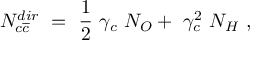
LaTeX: N _ { c \overline { { { c } } } } ^ { d i r } ~ = ~ \frac { 1 } { 2 } ~ \gamma _ { c } ~ N _ { O } + ~ \gamma _ { c } ^ { 2 } ~ N _ { H } ~ ,